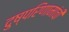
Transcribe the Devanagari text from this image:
दुष्परिणामांची